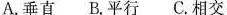
A.垂直 B.平行 C.相交